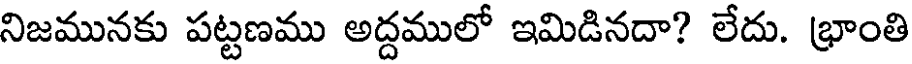
నిజమునకు పట్టణము అద్దములో ఇమిడినదా? లేదు. భ్రాంతి